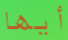
أيها